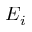
E _ { i }